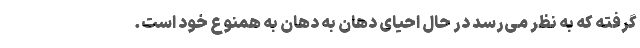
گرفته که به نظر می‌رسد در حال احیای دهان به دهان به همنوع خود است.